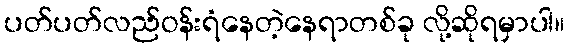
ပတ်ပတ်လည်ဝန်းရံနေတဲ့နေရာတစ်ခု လို့ဆိုရမှာပါ။